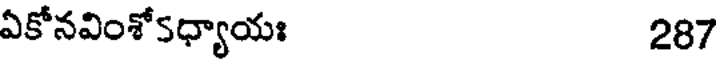
ఏకోనవింశోకధ్యాయః 287